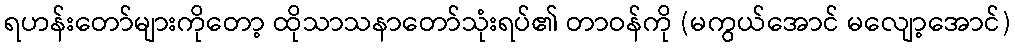
ရဟန်းတော်များကိုတော့ ထိုသာသနာတော်သုံးရပ်၏ တာဝန်ကို (မကွယ်အောင် မလျော့အောင်)